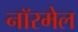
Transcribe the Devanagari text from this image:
नॉरमेल